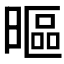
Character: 𣉾